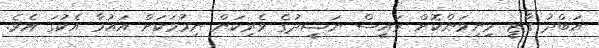
އަބްދު ގާޒީ މިނިވަންކޮށް ރައީސް ނަޝީދުގެ ވެރިކަން ނިމުމަކަށް އައުމާ އެކުގަ އެވެ.